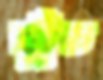
কুঁচ